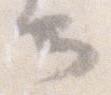
云